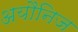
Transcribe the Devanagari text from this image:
अयौनिज